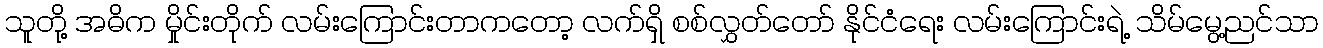
သူတို့ အဓိက မှိုင်းတိုက် လမ်းကြောင်းတာကတော့ လက်ရှိ စစ်လွှတ်တော် နိုင်ငံရေး လမ်းကြောင်းရဲ့ သိမ်မွေ့ညင်သာ